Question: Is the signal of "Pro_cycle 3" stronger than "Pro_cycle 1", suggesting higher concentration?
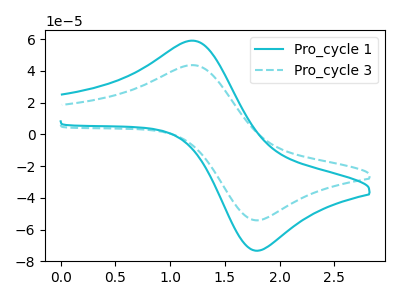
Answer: <think>The cyan curve "Pro_cycle 1" has an anodic peak at (1.20V, 59.00uA) and a cathodic peak at (1.80V, -73.35uA). The cyan dashed curve "Pro_cycle 3" has an anodic peak at (1.20V, 43.60uA) and a cathodic peak at (1.80V, -54.20uA).
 All the peaks in "Pro_cycle 3" have a peak in "Pro_cycle 1" at the same potential. Every peak in "Pro_cycle 3" is lower than every peak in "Pro_cycle 1".</think>
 <answer>"Pro_cycle 3" has less signal than "Pro_cycle 1" and so likely has a lower concentration.</answer>
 <eval>less_concentration</eval>